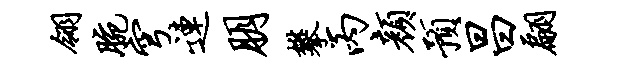
翎腕穹连朋攀丙颜预昌翩